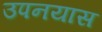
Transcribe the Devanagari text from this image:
उपनयास